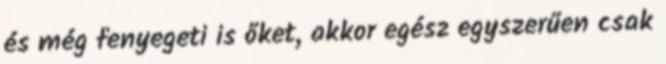
és még fenyegeti is őket, akkor egész egyszerűen csak